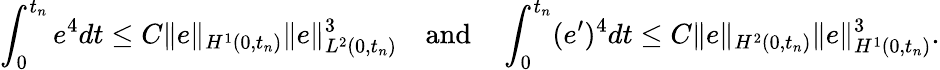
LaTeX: \displaystyle\int_{0}^{t_{n}}e^{4}dt\leq C\| e\| _{H^{1}(0,t_{n})}\| e\| _{L^{2}(0,t_{n})}^{3}\quad\mathrm{and}\quad\displaystyle\int_{0}^{t_{n}}(e^{\prime})^{4}dt\leq C\| e\| _{H^{2}(0,t_{n})}\| e\| _{H^{1}(0,t_{n})}^{3}.